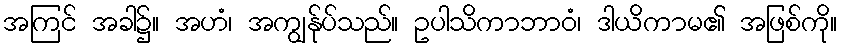
အကြင် အခါ၌။ အဟံ၊ အကျွန်ုပ်သည်။ ဥပါသိကာဘာဝံ၊ ဒါယိကာမ၏ အဖြစ်ကို။